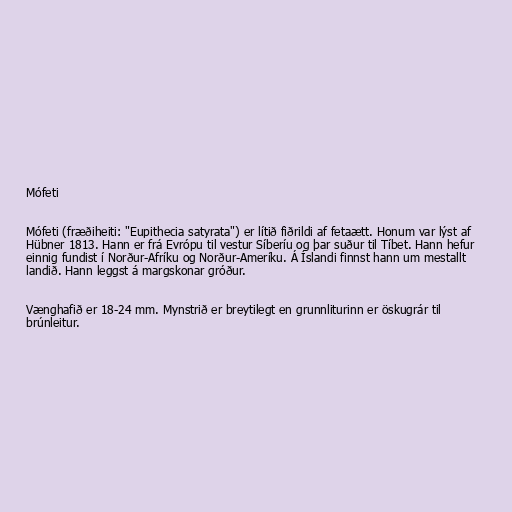
Mófeti

Mófeti (fræðiheiti: "Eupithecia satyrata") er lítið fiðrildi af fetaætt. Honum var lýst af
Hübner 1813. Hann er frá Evrópu til vestur Síberíu og þar suður til Tíbet. Hann hefur
einnig fundist í Norður-Afríku og Norður-Ameríku. Á Íslandi finnst hann um mestallt
landið. Hann leggst á margskonar gróður.

Vænghafið er 18-24 mm. Mynstrið er breytilegt en grunnliturinn er öskugrár til
brúnleitur.